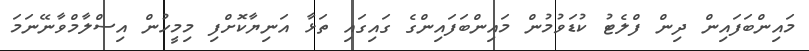
މައިންބަފައިން ދިން ފްލެޓު ކުޑަވުމުން މައިންބަފައިންގެ ގައިގައި ތަޅާ އަނިޔާކޮށްފި މިމީހުން އިސްލާމްވާނޭނަމަ